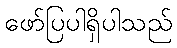
ဖော်ပြပါရှိပါသည်